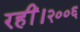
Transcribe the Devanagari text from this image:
रहीं।२००६